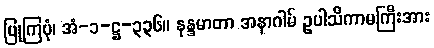
ပြုကြပုံ၊ အံ-၁-ဋ္ဌ-၃၃၆။ နန္ဒမာတာ အနာဂါမ် ဥပါသိကာမကြီးအား